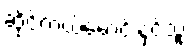
ဆိုင်ကယ်မောင်းနှင်သူ